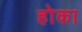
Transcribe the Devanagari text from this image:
होका